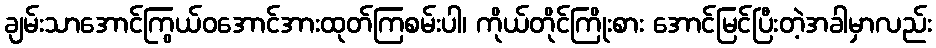
ချမ်းသာအောင်ကြွယ်ဝအောင်အားထုတ်ကြစမ်းပါ၊ ကိုယ်တိုင်ကြိုးစား အောင်မြင်ပြီးတဲ့အခါမှာလည်း